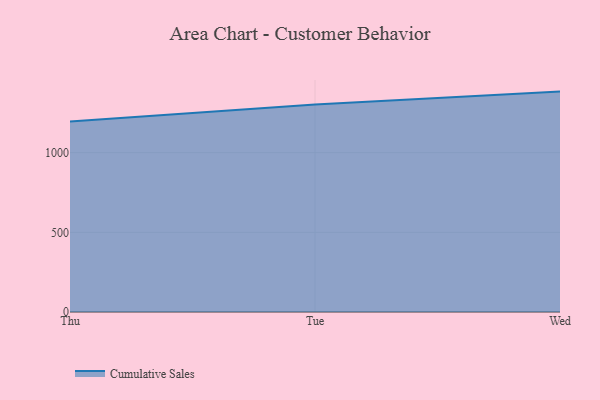
{"axis": {"x": "Day", "y": "Waste Production (Tons)"}, "legend": ["Cumulative Sales"], "data": [{"x": "Thu", "y": 1195.7, "type": "Cumulative Sales"}, {"x": "Tue", "y": 1302.8, "type": "Cumulative Sales"}, {"x": "Wed", "y": 1383.1, "type": "Cumulative Sales"}]}